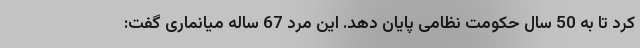
کرد تا به 50 سال حکومت نظامی پایان دهد. این مرد 67 ساله میانماری گفت: